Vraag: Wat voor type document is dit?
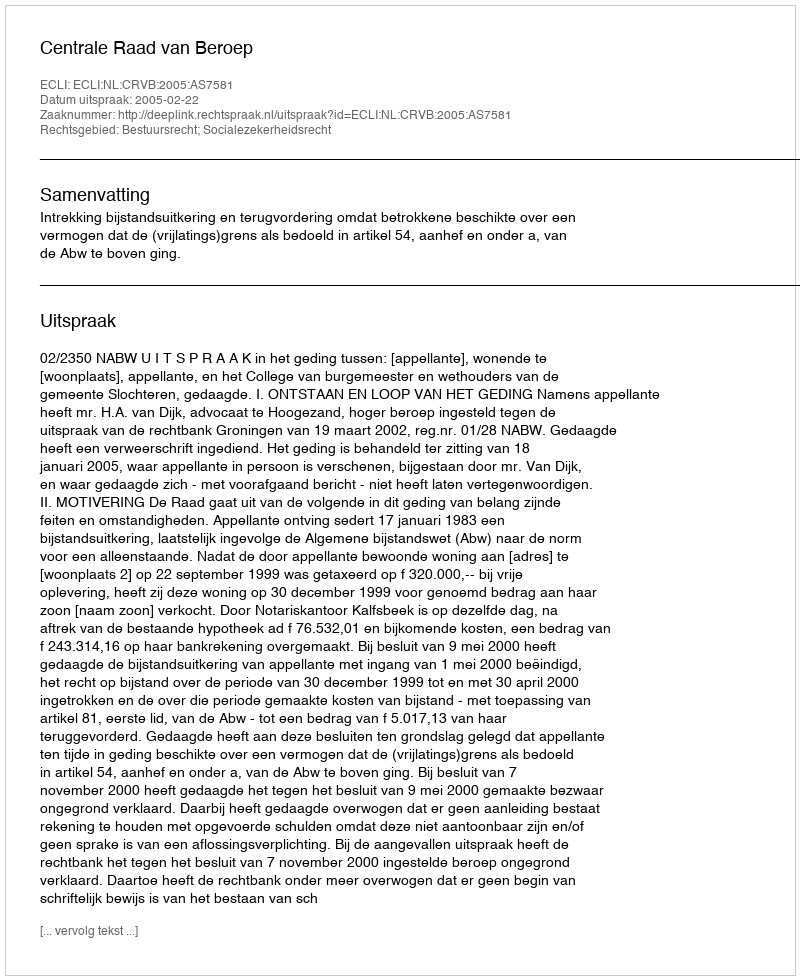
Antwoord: Uitspraak